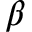
\beta